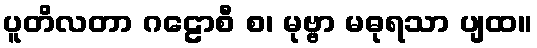
ပူတိလတာ ဂဠောစီ စ၊ မုဗ္ဗာ မဓုရသာ ပျထ။